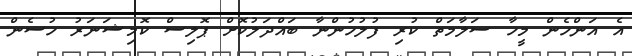
އެ އަންހެން މީހާ ސަލާމަތް ކުރި ފުލުހުންނާ ބައްދަލުކޮށް ޕޮލިސް ކޮމިޝަނަރު ހުސެން